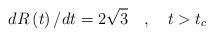
LaTeX: \begin{align*}dR\left( t\right) /dt=2\sqrt{3}\quad ,\quad t>t_{c} \end{align*}